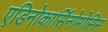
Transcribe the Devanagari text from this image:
एडिनोकार्सिनोमोसिस